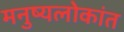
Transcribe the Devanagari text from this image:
मनुष्यलोकांत